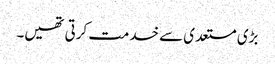
بڑی مستعدی سے خدمت کرتی تھیں۔